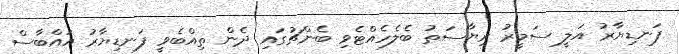
ފަނޑިޔާރު އަލީ ސަމީރު ރިޔާސަތު ބެލެހެއްޓެވި ބެންޗުގައި ދެން ތިއްބެވީ ފަނޑިޔާރު އައްބާސް